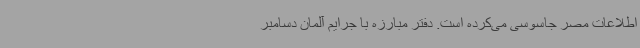
اطلاعات مصر جاسوسی می‌کرده است. دفتر مبارزه با جرایم آلمان دسامبر